Indian Medical Review
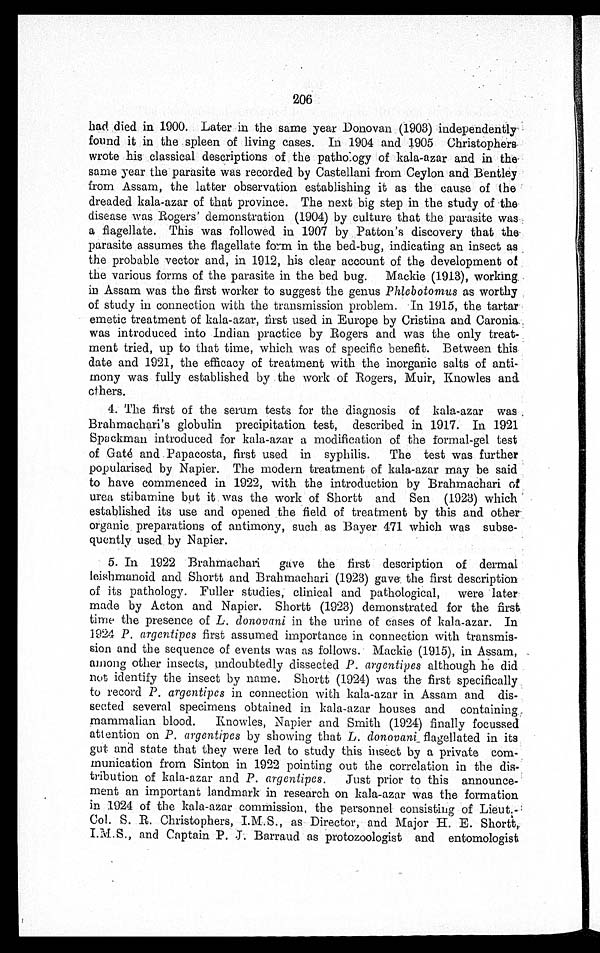
206
had died in 1900. Later in the same year Donovan . (1903) independently
found it in the spleen of living cases. In 1904 and 1905 Christophers
wrote his classical descriptions of the pathology of kala-azar and in the
same year the parasite was recorded by Castellani from Ceylon and Bentley
from Assam, the latter observation establishing it as the cause of the
dreaded kala-azar of that province. The next big step in the study of the
disease was Rogers' demonstration (1904) by culture that the parasite was
a flagellate. This was followed in 1907 by Patton's discovery that the
parasite assumes the flagellate form in the bed-bug, indicating an insect as
the probable vector and, in 1912, his clear account of the development of
the various forms of the parasite in the bed bug. Mackie (1913), working
in Assam was the first worker to suggest the genus Phlebotomus as worthy
of study in connection with the transmission problem. In 1915, the
tartar emetic treatment of kala-azar, first used in Europe by Cristina and Caronia
was introduced into Indian practice by Rogers and was the only treat
-ment tried, up to that time, which was of specific benefit. Between this
date and 1921, the efficacy of treatment with the inorganic salts of anti
-mony was fully established by the work of Rogers, Muir, Knowles and
others.
4. The first of the serum tests for the diagnosis of kala-azar was
Brahmachari's globulin precipitation test, described in 1917. In 1921
Spackman introduced for kala-azar a modification of the formal-gel test
of Gaté and Papacosta, first used in syphilis. The test was further
popularised by Napier. The modern treatment of kala-azar may be said
to have commenced in 1922, with the introduction by Brahmachari
of urea stibamine but it was the work of Shortt and Sen (1923) which
established its use and opened the field of treatment by this and other
organic preparations of antimony, such as Bayer 471 which was subse
-quently used. by Napier.
5. In 1922 Brahmachari gave the first description of dermal
leishmanoid and Shortt and Brahmachari (1923) gave. the first description
of its pathology. Fuller studies, clinical and pathological, were later
made by Acton and Napier. Shortt (1923) demonstrated for the first
time the presence of L . donovani in the urine of cases of kala-azar. In
1924 P . argentipes first assumed importance in connection with transmis
-sion and the sequence of events was as follows. Mackie (1915), in Assam,
among other insects, undoubtedly dissected P. argentipes although he did
not identify the insect by name. Shortt (1924) was the. first specifically
to record P. argentipes in connection with kala-azar in Assam and dis
-sected several specimens obtained in kala-azar houses and containing
mammalian blood. Knowles, Napier and Smith (1924) finally focussed
attention on P. argentipes by showing that L . donovani flagellated in its
gut and state that they were led to study this insect by a private co
m-munication from Sinton in 1922 pointing out the correlation in the
dis-tribution of kala-azar and P . argentipes. Just prior to this announce
-ment an important landmark in research on kala-azar was the formation
1924 of the kala-azar commission, the personnel consisting of Lieut.-
Col. S. R. Christophers, I.M.S as Director, and Major H. E. Shortt,
I.M.S., and Captain P. J. Barraud as protozoologist and entomologist